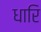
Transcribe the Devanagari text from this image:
धारि